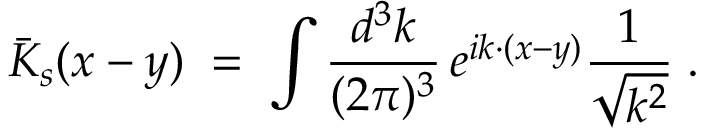
{ \bar { K } } _ { s } ( x - y ) \; = \; \int \frac { d ^ { 3 } k } { ( 2 \pi ) ^ { 3 } } \, e ^ { i k \cdot ( x - y ) } \frac { 1 } { \sqrt { k ^ { 2 } } } \; .